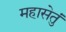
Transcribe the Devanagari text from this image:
महासेतुं